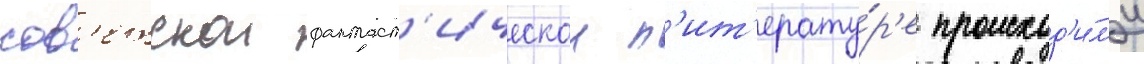
сов'етскои фантаст'ическои л'ит'ерату́р'е происход'и́л'и